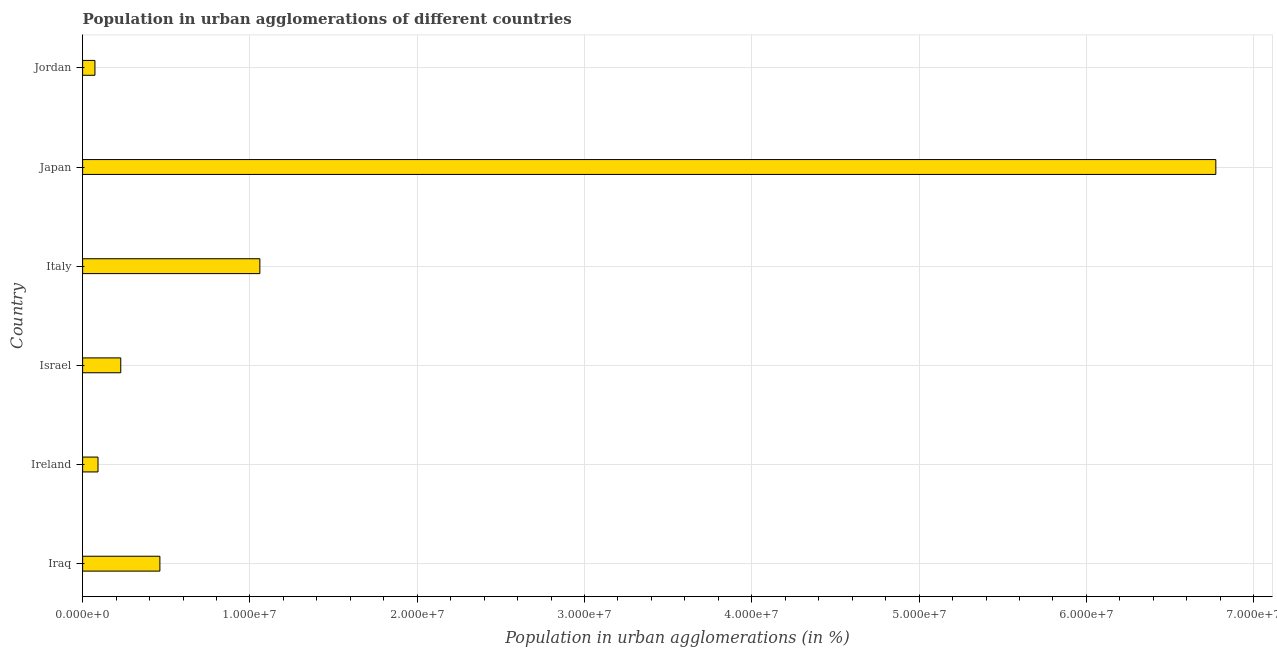
| Country | Population in urban agglomerations |
 | --- | --- |
 | Iraq | 4.62e+06 |
 | Ireland | 9.2e+05 |
 | Israel | 2.28e+06 |
 | Italy | 1.06e+07 |
 | Japan | 6.77e+07 |
 | Jordan | 7.36e+05 |